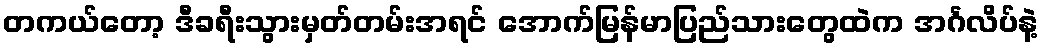
တကယ်တော့ ဒီခရီးသွားမှတ်တမ်းအရင် အောက်မြန်မာပြည်သားတွေထဲက အင်္ဂလိပ်နဲ့